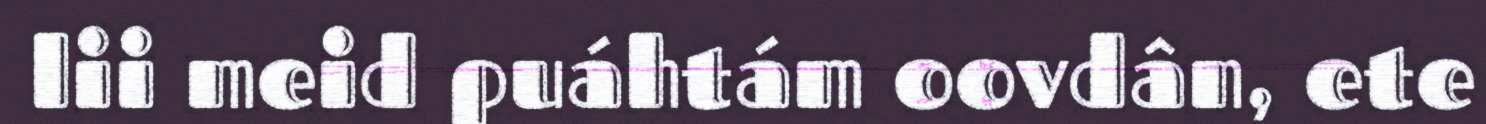
lii meid puáhtám oovdân, ete